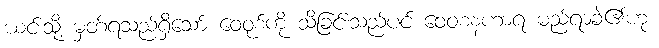
ယင်းသို့ မှတ်ရသည်ရှိသော် ဝေဝုစ်ကို သိခြင်းသည်ပင် ဝေဝစနဟာရ မည်ရာခဲ့၏ဟု